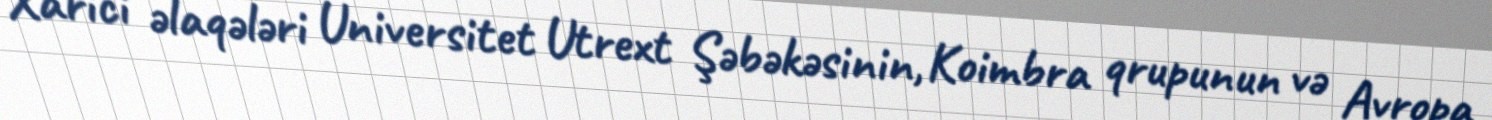
Xarici əlaqələri Universitet Utrext Şəbəkəsinin, Koimbra qrupunun və Avropa